Juri_Uluots, lk 26
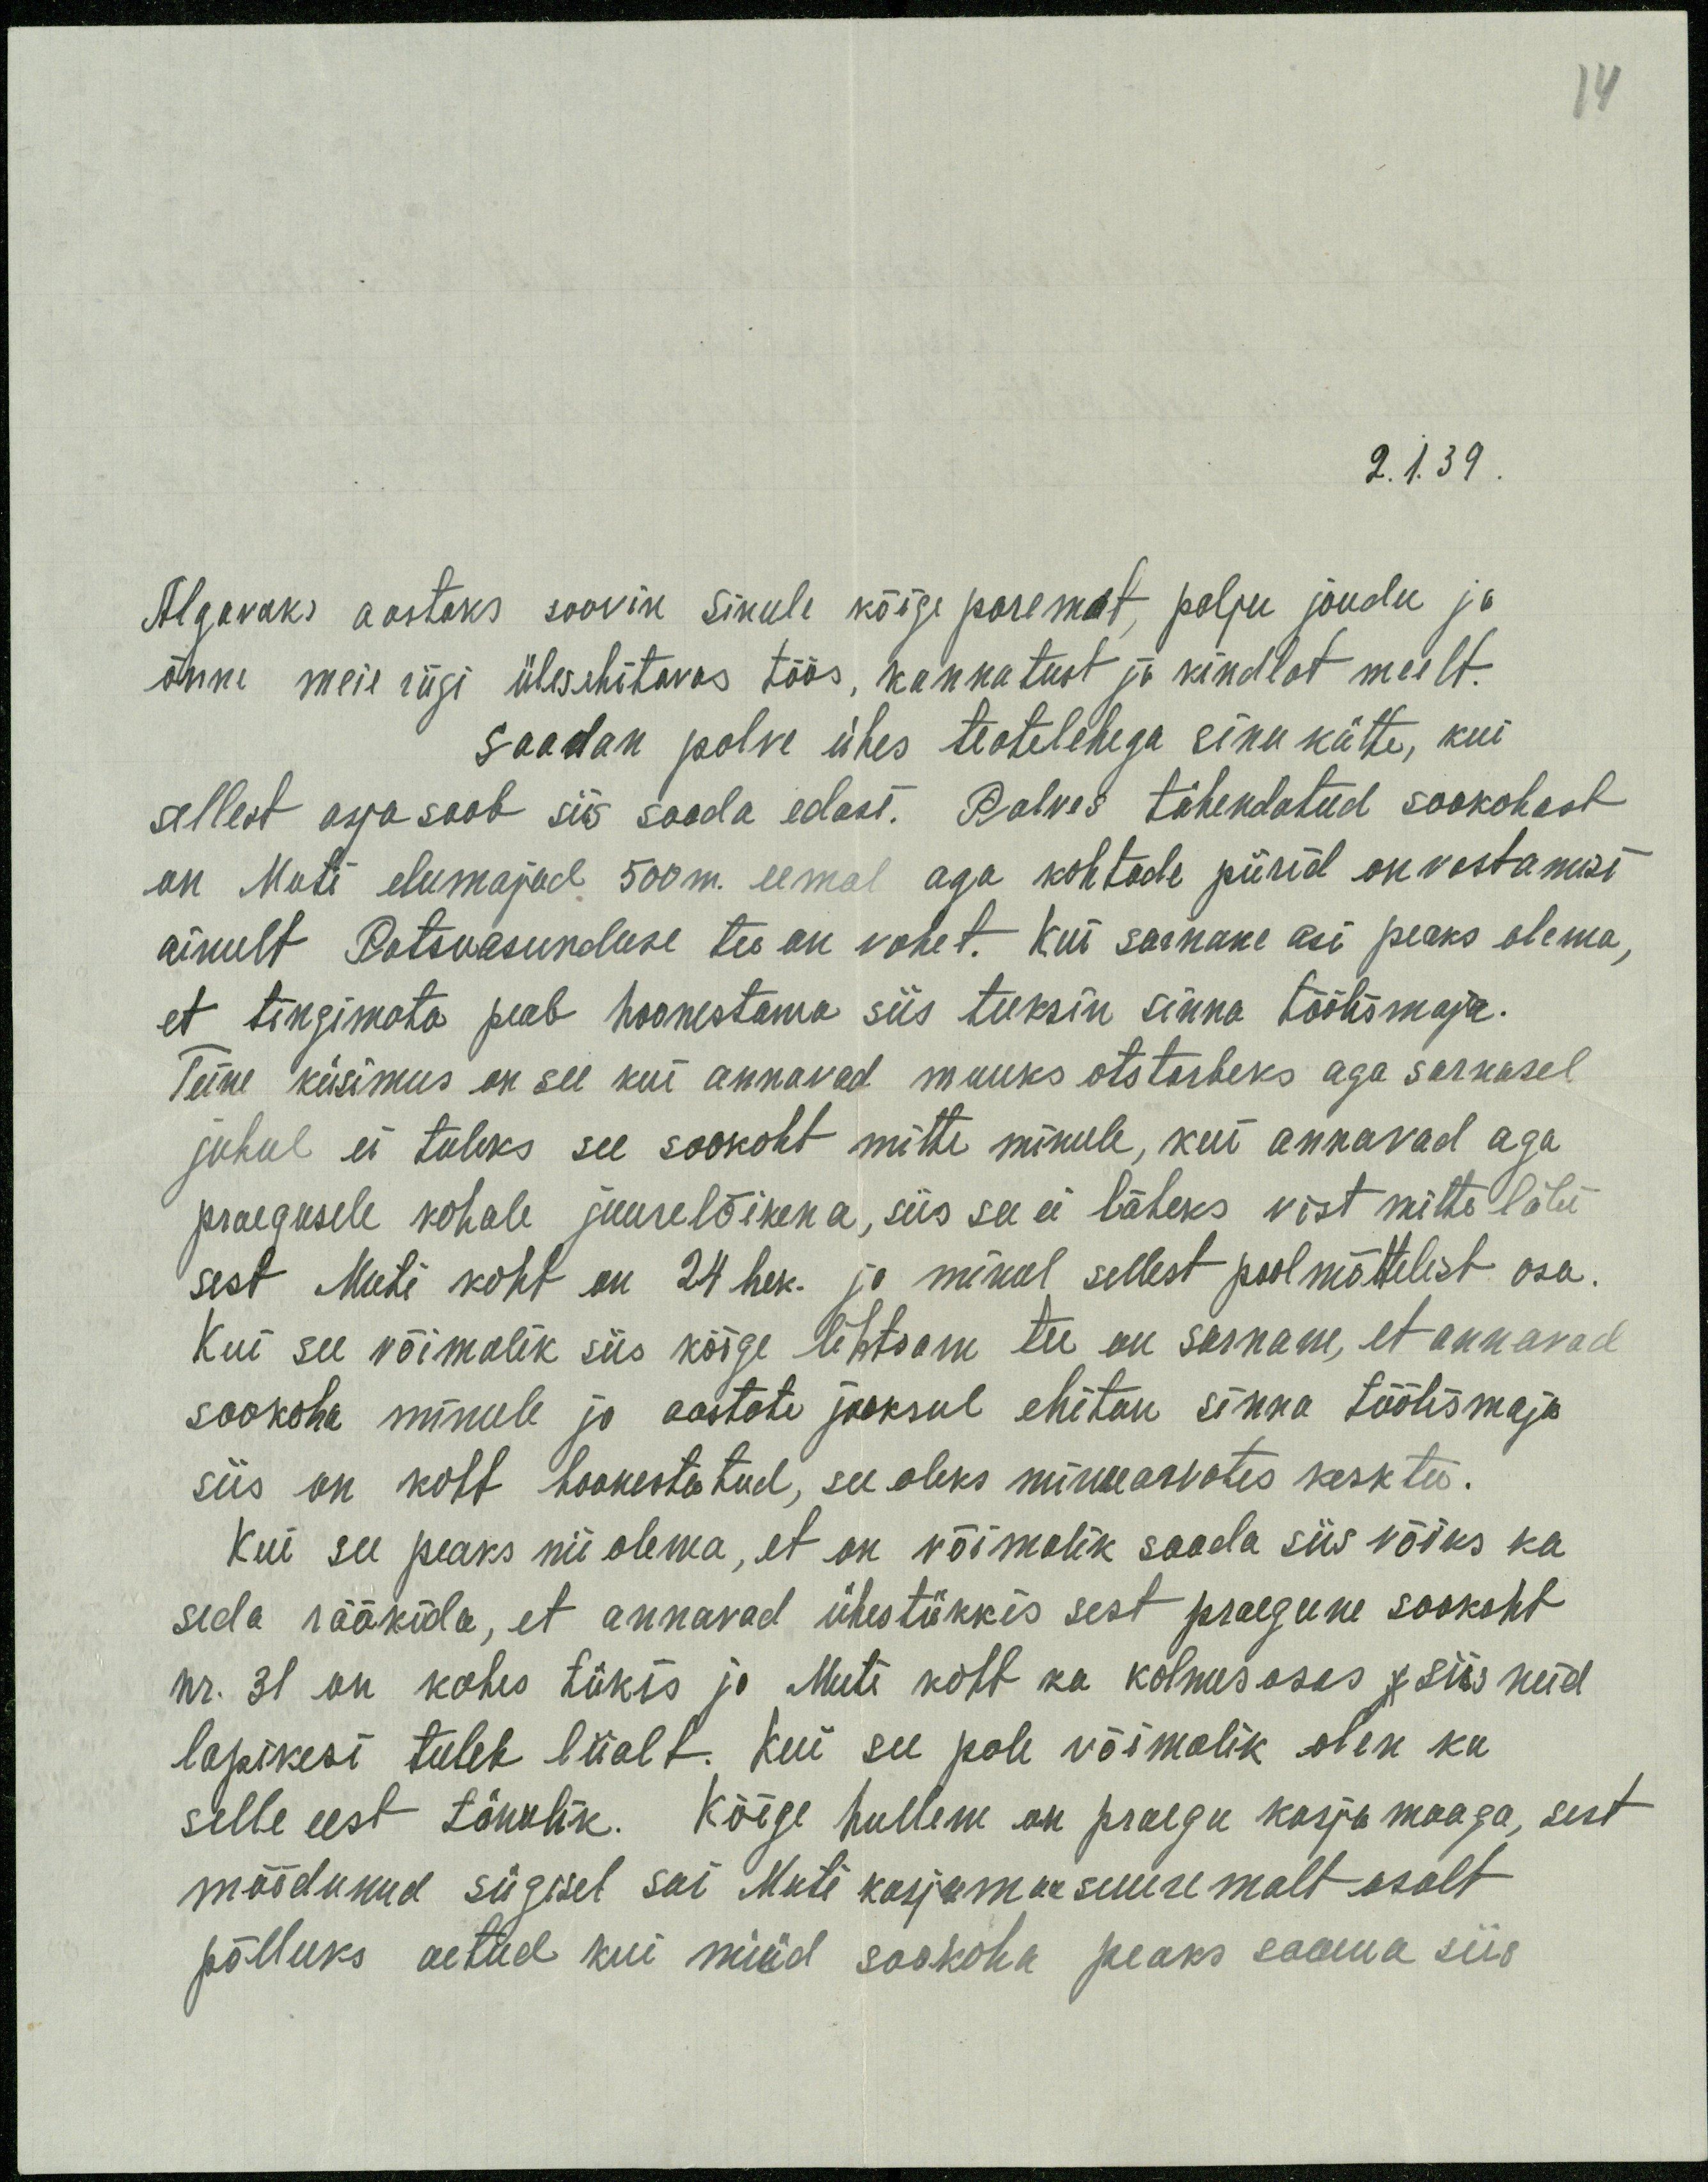
2.1.39.
Algavaks aastaks soovin sinule kõige paremat, palju jõudu ja
õnne meie riigi ülesehitavas töös, kannatust ja kindlat meelt.
Saadan palve ühes teatelehega sinu kätte, kui
sellest asja saab siis saada edasi. Palves tähendatud sookohast
on Muti elumajad 500m eemal aga kohtade piirid on vastamisi
ainult Patsuasunduse tee on vahet. Kui sarnane asi peaks olema,
et tingimata peab hoonestama siis teeksin sinna töölismaja.
Teine küsimus on see kui annavad muuks otstarbeks aga sarnasel
juhul ei tuleks see sookoht mitte minule, kui annavad aga
praegusele kohale juurelõikena, siis see ei läheks vist mitte läbi
sest Muti koht on 24 hek. ja minul sellest pool mõttelist osa.
Kui see võimalik siis kõige lihtsam tee on sarnane, et annavad
sookoha minule ja aastate jooksul ehitan sinna töölismaja
siis on koht hoonestatud, see oleks minuarvates kesk tee.
Kui see peaks nii olema, et on võimalik saada siis võiks ka
seda rääkida, et annavad ühestükkis sest praegune sookoht
nr. 31 on kahes tükis ja Muti koht ka kolmes osas siis neid
lapikesi tuleb liialt. Kui see pole võimalik olen ka
selle eest tänulik. Kõige hullem on praegu karjamaaga, sest
möödunud sügisel sai Muti karjamaa suuremalt osalt
põlluks aetud kui nüüd sookoha peaks saama siis